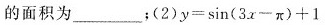
的面积为___；(2) $$y = \sin ( 3 x - π ) + 1$$